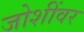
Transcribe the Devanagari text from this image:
जोशींवर